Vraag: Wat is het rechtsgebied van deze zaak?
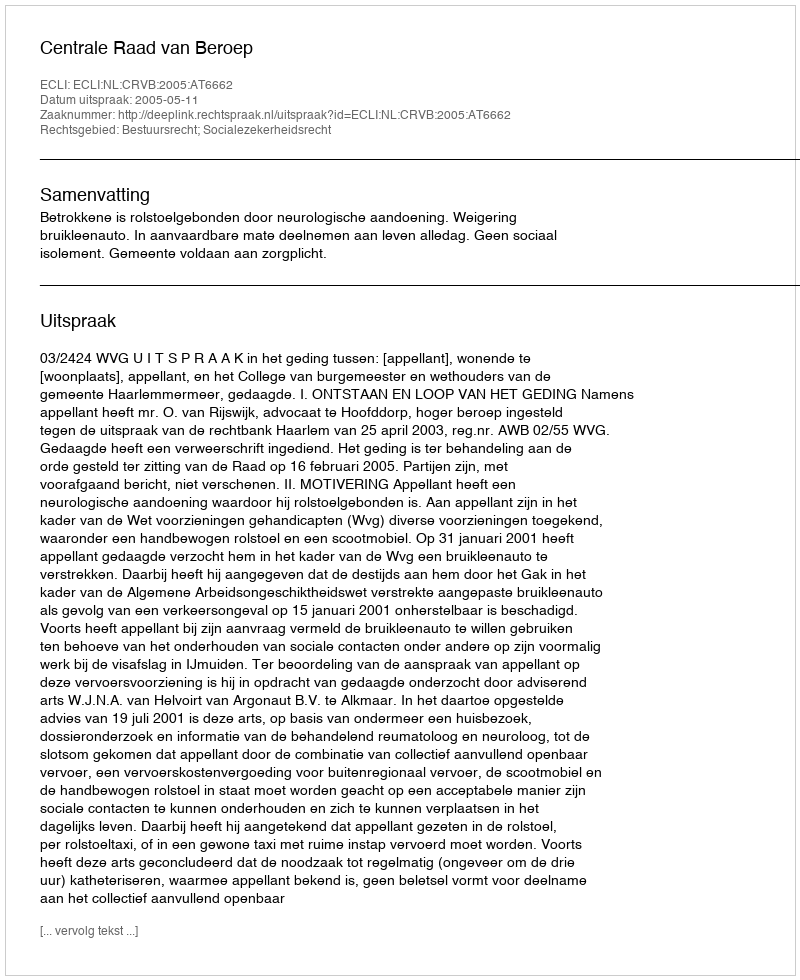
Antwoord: Bestuursrecht; Socialezekerheidsrecht